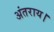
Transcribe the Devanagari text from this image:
अंतराय।